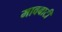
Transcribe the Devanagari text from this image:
मावबाटी